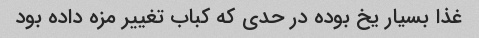
غذا بسیار یخ بوده در حدی که کباب تغییر مزه داده بود